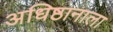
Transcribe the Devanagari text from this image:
अधिष्ठानाला